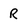
Character: R